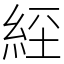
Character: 𦀇